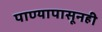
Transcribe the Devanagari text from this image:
पाण्यापासूनही